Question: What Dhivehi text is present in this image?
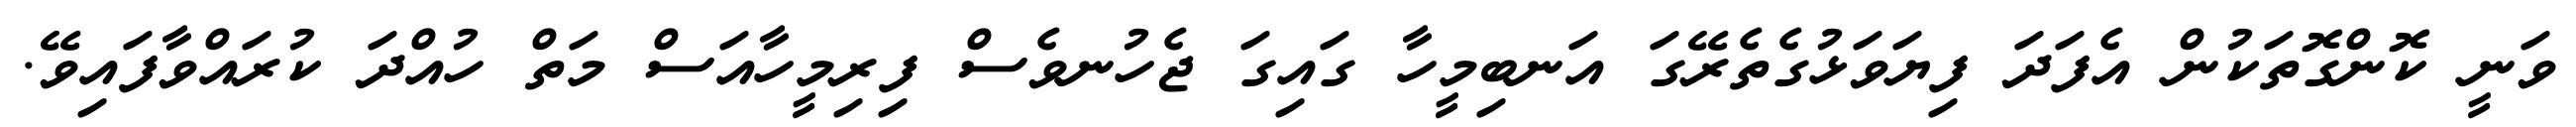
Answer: ވަނީ ކޮންގޮތަކުން އެފަދަ ފިޔަވަޅުގެތެރޭގަ އަނބިމީހާ ގައިގަ ޖެހުނވެސް ފިރިމީހާއަސް މަތް ހުއްދަ ކުރައްވާފައިވޭ.